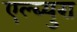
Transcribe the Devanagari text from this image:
एल्ब्युरा